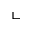
\llcorner